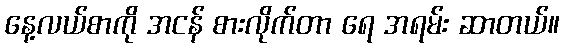
နေ့လယ်စာကို အငန် စားလိုက်တာ ရေ အရမ်း ဆာတယ်။